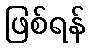
ဖြစ်ရန်